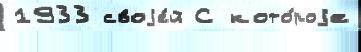
1933 своjе́й С кото́роjе